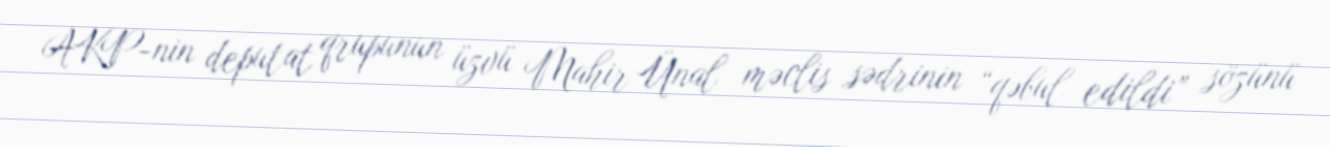
AKP-nin deputat qrupunun üzvü Mahir Ünal məclis sədrinin “qəbul edildi” sözünü